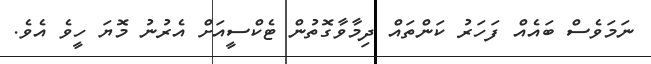
ނަމަވެސް ބައެއް ފަހަރު ކަންތައް ދިމާވާގޮތުން ޓެކްސީއަށް އެރުނު މޮޔަ ހީވެ އެވެ.